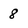
Character: 8